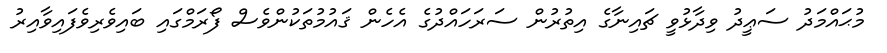
މުޙައްމަދު ސަޢީދު ވިދާޅުވީ ޗައިނާގެ އިތުރުން ސަރަހައްދުގެ އެހެން ޤައުމުތަކުންވެސް ފޯރަމްގައި ބައިވެރިވެފައިވާއިރު